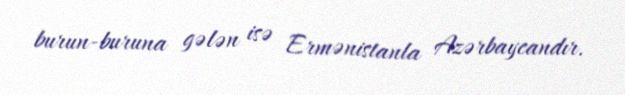
burun-buruna gələn isə Ermənistanla Azərbaycandır.